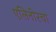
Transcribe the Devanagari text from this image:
एलिनोरचा